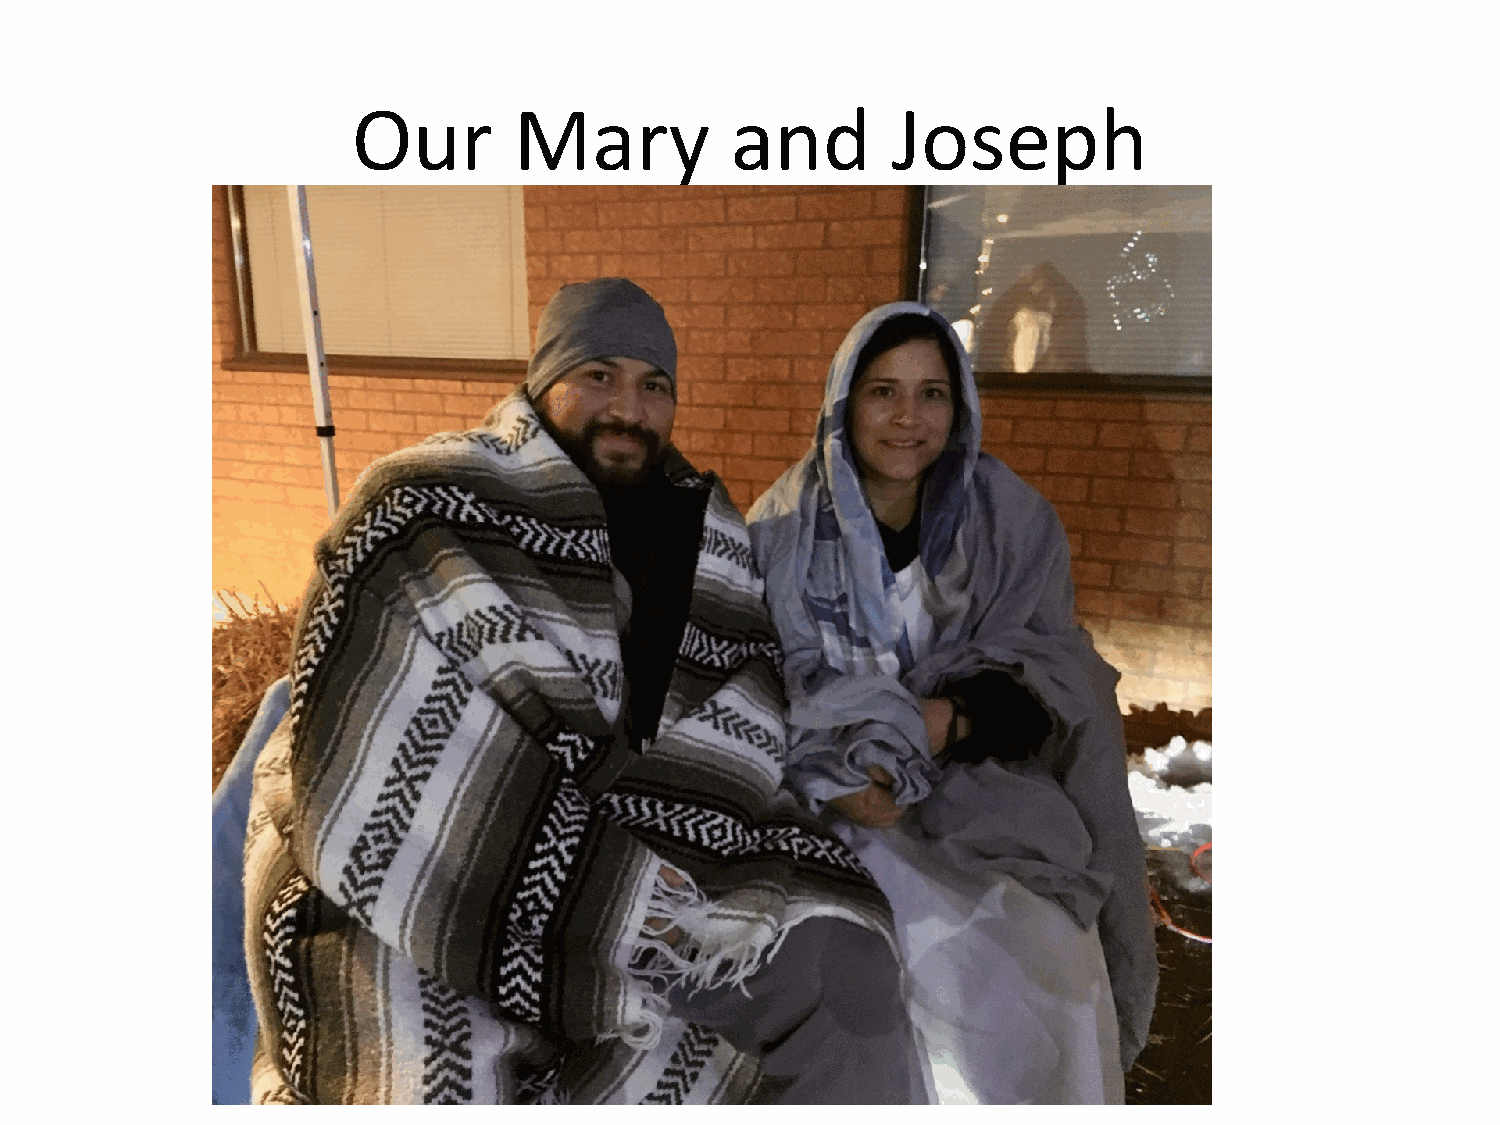
Our        Mary          and        Joseph